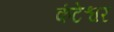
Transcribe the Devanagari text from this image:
कंटेश्वर